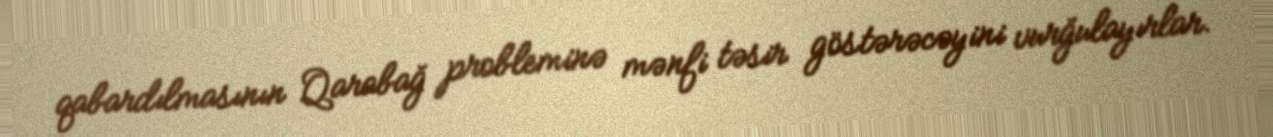
qabardılmasının Qarabağ probleminə mənfi təsir göstərəcəyini vurğulayırlar.